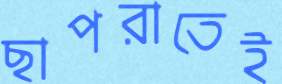
ছাপরাতেই